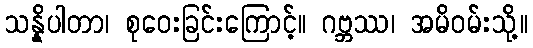
သန္နိပါတာ၊ စုဝေးခြင်းကြောင့်။ ဂဗ္ဘဿ၊ အမိဝမ်းသို့။